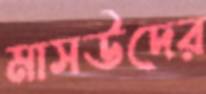
মাসউদের